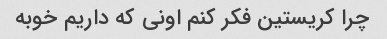
چرا کریستین فکر کنم اونی که داریم خوبه